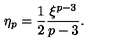
\eta _ { p } = { \frac { 1 } { 2 } } { \frac { \xi ^ { p - 3 } } { p - 3 } } .